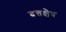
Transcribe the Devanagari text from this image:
दत्तक्षेत्र